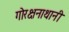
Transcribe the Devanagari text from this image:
गोरक्षनाथानी